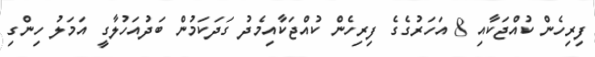
ފިރިހެން ކުއްޖަކާއި 8 އަހަރުގެގެ ފިރިހެން ކުއްޖަކާއިމެދު ގަދަކަމުން ބަދުއަހުލާގީ އަމަލު ހިންގި